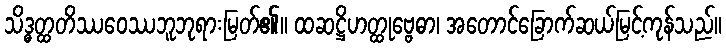
သိဒ္ဓတ္ထတိဿဝေဿဘူဘုရားမြတ်၏။ ထဆဋ္ဌိဟတ္ထုဗ္ဗေဓာ၊ အတောင်ခြောက်ဆယ်မြင့်ကုန်သည်။